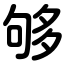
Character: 够